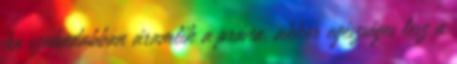
ha szabadabban áramlik a prána, akkor egészséges lesz a